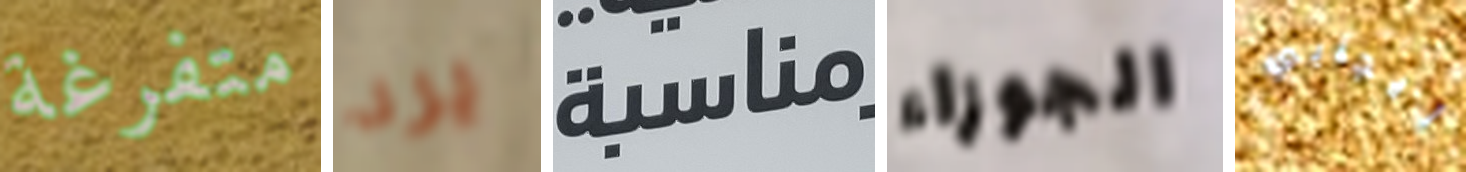
متفرغة يرد مناسبة الجوزاء ايجابي